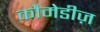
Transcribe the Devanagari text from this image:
कौमेडीज़